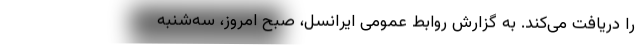
را دریافت می‌کند. به گزارش روابط عمومی ایرانسل، صبح امروز، سه‌شنبه